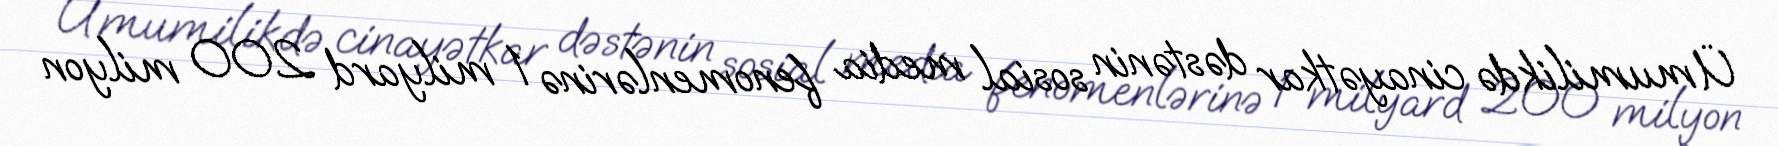
Ümumilikdə cinayətkar dəstənin sosial media fenomenlərinə 1 milyard 200 milyon